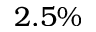
2 . 5 \%